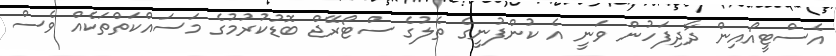
އެސްޓީއޯއިން ދާދިފަހުން ވަނީ އެ ކުންފުނީގެ ތެލުގެ ސްޓޯރޭޖް ބޮޑުކުރުމުގެ މަސައްކަތްތަކެއް ވެސް